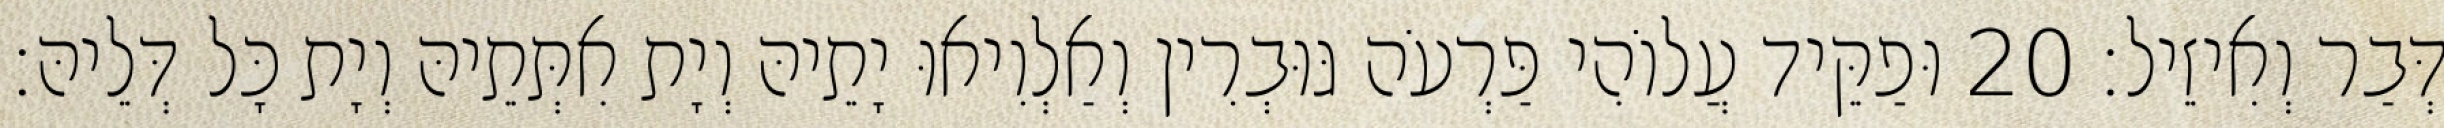
דְּבַר וְאִיזֵיל׃ 20 וּפַקֵּיד עֲלוֹהִי פַּרְעֹה גּוּבְרִין וְאַלְוִיאוּ יָתֵיהּ וְיָת אִתְּתֵיהּ וְיָת כָּל דְּלֵיהּ׃